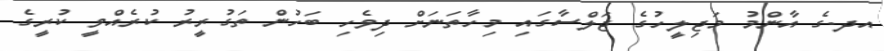
އދ.ގެ އާންމު މަޖިލީހުގެ ޖަލްސާގައި މިހާތަނަށް ދިވެހި ބަހުން ތަގުރީރު ކުރެއްވީ ކުރީގެ